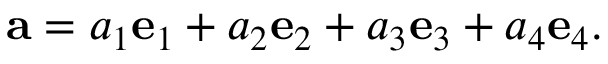
\mathbf { a } = a _ { 1 } \mathbf { e } _ { 1 } + a _ { 2 } \mathbf { e } _ { 2 } + a _ { 3 } \mathbf { e } _ { 3 } + a _ { 4 } \mathbf { e } _ { 4 } .